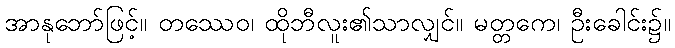
အာနုဘော်ဖြင့်။ တဿေဝ၊ ထိုဘီလူး၏သာလျှင်။ မတ္တကေ၊ ဦးခေါင်း၌။